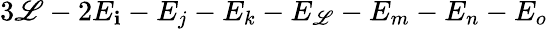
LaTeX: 3\mathscr{L}-2E_{\mathbf{i}}-E_{j}-E_{k}-E_{\mathscr{L}}-E_{m}-E_{n}-E_{o}